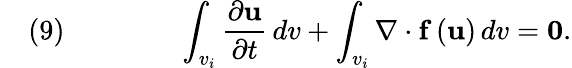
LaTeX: \quad(9)\qquad\qquad\int_{v_{i}}{\frac{\partial{\mathbf{u}}}{\partial t}}\, dv+\int_{v_{i}}\nabla\cdot{\mathbf{f}}\left({\mathbf{u}}\right)\, dv={\mathbf{0}}.